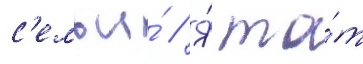
с'емьи́ // Я́ то́т